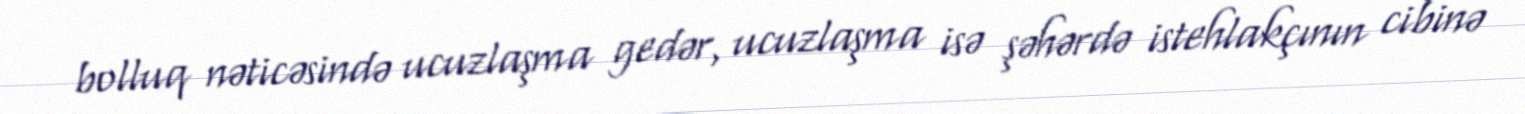
bolluq nəticəsində ucuzlaşma gedər, ucuzlaşma isə şəhərdə istehlakçının cibinə